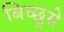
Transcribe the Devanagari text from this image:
बिच्छूसे